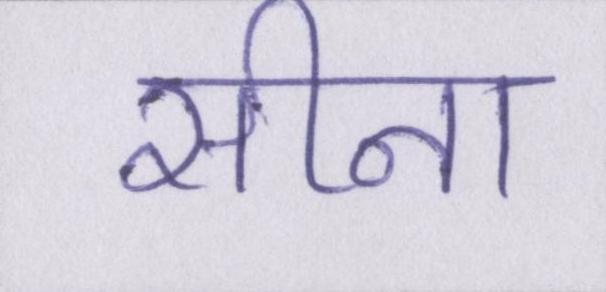
सीना